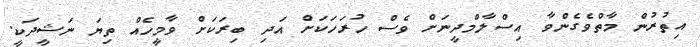
އިތުރުން މާތްވެގެންވާ އިސްލާމްދީނަށް ވެސް ހުރަހަކަށް އަދި ބިރަކަށް ވާމީހެއް ތިޔަ ނަޝީދަކީ.